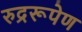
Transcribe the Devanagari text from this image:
रुद्ररूपेण